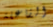
الفاعلة